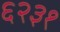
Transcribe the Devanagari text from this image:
६२३१